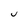
Character: j